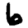
Digit: 6